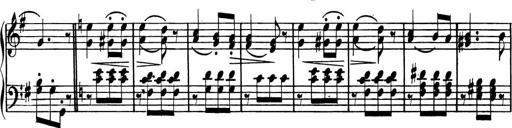
Title: Rosen ohne Dornen
Composer: Gustav Lange